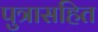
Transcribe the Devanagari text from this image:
पुत्रासहित